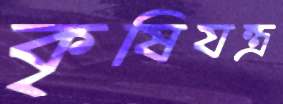
কৃষিযন্ত্র